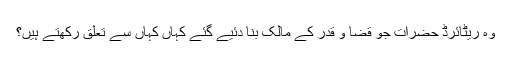
وہ ریٹائرڈ حضرات جو قضا و قدر کے مالک بنا دئیے گئے کہاں کہاں سے تعلق رکھتے ہیں؟